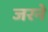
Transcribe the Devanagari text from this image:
जरने